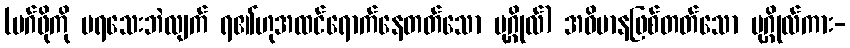
(မဂ်ဖိုကို မရသေးဘဲလျက် ရ၏ဟုအထင်ရောက်နေတတ်သော ပုဂ္ဂိုလ်) အဓိမာနဖြစ်တတ်သော ပုဂ္ဂိုလ်ကား-